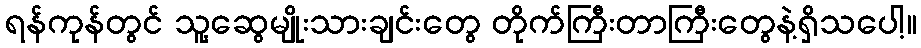
ရန်ကုန်တွင် သူ့ဆွေမျိုးသားချင်းတွေ တိုက်ကြီးတာကြီးတွေနဲ့ရှိသပေါ့။